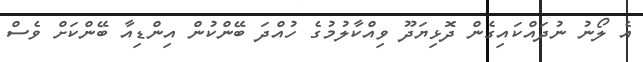
އެ ލޯނު ނުދައްކައިގެން ދޮޅިޔަދޫ ވިއްކާލުމުގެ ހުއްދަ ބޭންކުން އިންޑިއާ ބޭންކަށް ވެސް